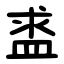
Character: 盚